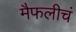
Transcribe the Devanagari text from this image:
मैफलीचं